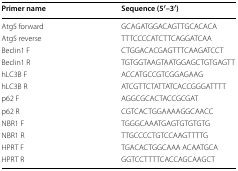
| Primer name | Sequence (5′–3′) |
 | --- | --- |
 | Atg5 forward | GCAGATGGACAGTTGCACACA |
 | Atg5 reverse | TTTCCCCATCTTCAGGATCAA |
 | Beclin1 F | CTGGACACGAGTTTCAAGATCCT |
 | Beclin1 R | TGTGGTAAGTAATGGAGCTGTGAGTT |
 | hLC3B F | ACCATGCCGTCGGAGAAG |
 | hLC3B R | ATCGTTCTATTATCACCGGGATTTT |
 | p62 F | AGGCGCACTACCGCGAT |
 | p62 R | CGTCACTGGAAAAGGCAACC |
 | NBR1 F | TGGGCAAATGAGTGTGTGTG |
 | NBR1 R | TTGCCCCTGTCCAAGTTTTG |
 | HPRT F | TGACACTGGCAAA ACAATGCA |
 | HPRT R | GGTCCTTTTCACCAGCAAGCT |